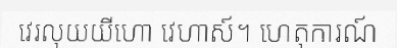
វេរលុយយីហោ វេហាស៍។ ហេតុការណ៍